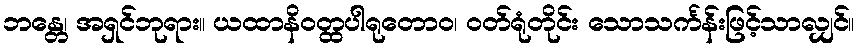
ဘန္တေ၊ အရှင်ဘုရား။ ယထာနိဝတ္ထပါရုတောဝ၊ ဝတ်ရုံတိုင်း သောသင်္ကန်းဖြင့်သာလျှင်။